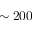
\sim 2 0 0